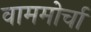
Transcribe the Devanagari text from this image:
वाममोर्चा